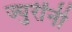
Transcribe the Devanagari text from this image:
ज्युरींनी